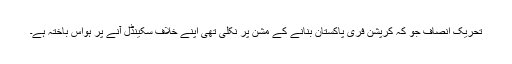
تحریک انصاف جو کہ کرپشن فری پاکستان بنانے کے مشن پر نکلی تھی اپنے خلاف سکینڈل آنے پر ہواس باختہ ہے۔